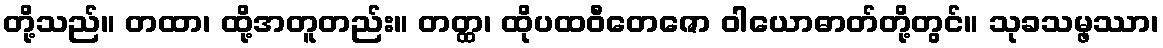
တို့သည်။ တထာ၊ ထို့အတူတည်း။ တတ္ထ၊ ထိုပထဝီတေဇော ဝါယောဓာတ်တို့တွင်။ သုခသမ္ဖဿာ၊